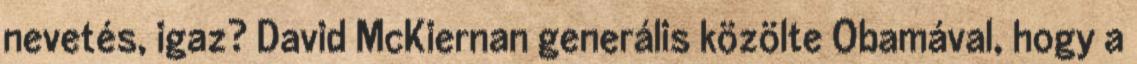
nevetés, igaz? David McKiernan generális közölte Obamával, hogy a